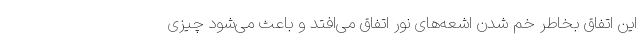
این اتفاق بخاطر خم شدن اشعه‌های نور اتفاق می‌افتد و باعث می‌شود چیزی